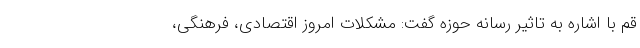
قم با اشاره به تاثیر رسانه حوزه گفت: مشکلات امروز اقتصادی، فرهنگی،